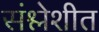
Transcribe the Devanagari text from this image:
संश्लेशीत